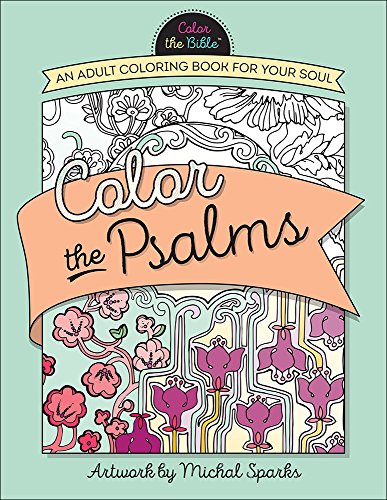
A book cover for Color the Psalms: An Adult Coloring Book for Your Soul (Color the Bible); Crafts, Hobbies & Home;